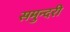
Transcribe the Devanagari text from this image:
समुन्दरी